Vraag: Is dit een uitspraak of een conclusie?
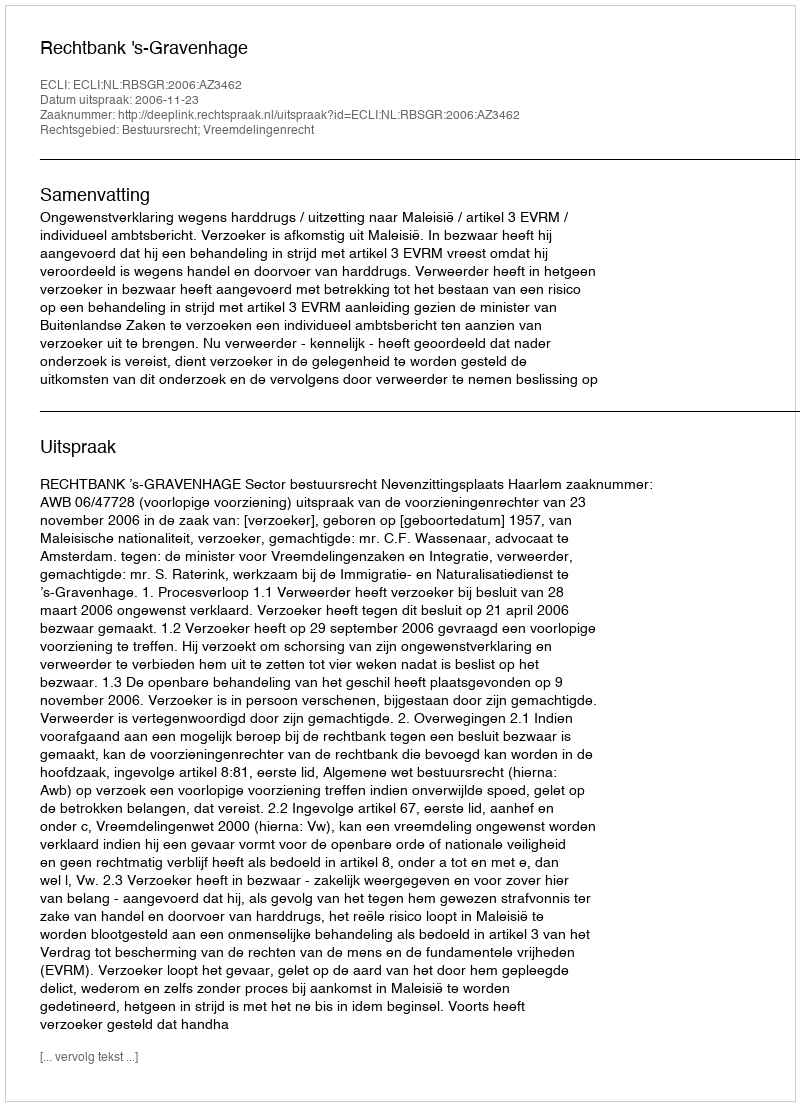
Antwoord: Uitspraak